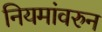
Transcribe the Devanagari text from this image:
नियमांवरुन